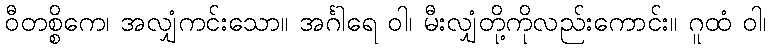
ဝီတစ္စိကေ၊ အလျှံကင်းသော။ အင်္ဂါရေ ဝါ၊ မီးလျှံတို့ကိုလည်းကောင်း။ ဂူထံ ဝါ၊